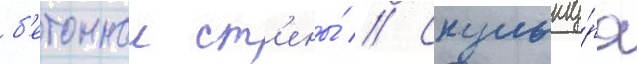
б'етоннои ст'ены́ // Скульпту́ра